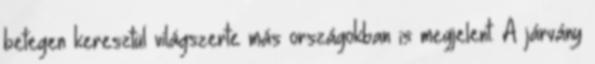
betegen keresztül világszerte más országokban is megjelent. A járvány